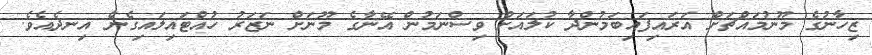
ޒިހާނުގެ މޫނުމައްޗަށް އަރައިފައިބަމުންދާ ކުލައަށް ވިސްނަމުން އޭނާގެ މޫނަށް ނަޒަރު ހުއްޓައިލައިގެން އިނދެއެވެ.